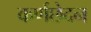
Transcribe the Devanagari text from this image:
कर्णछेदन